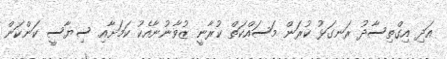
އަދި އިގްތިސާދު ރަނގަޅު ކުރަން މަސައްކަތް ކުރާނީ ޒުވާނުނާއެކު ކަމަށާއި ސިޔާސީ ކަންކަން